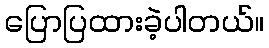
ပြောပြထားခဲ့ပါတယ်။